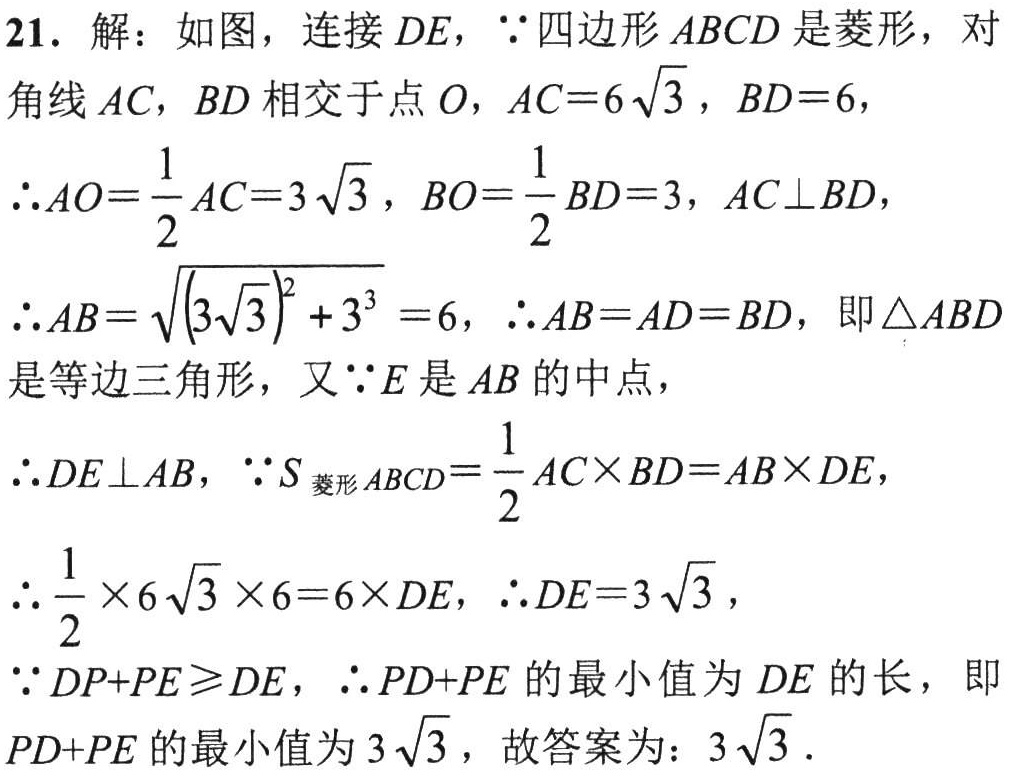
21. 解：如图，连接 \(DE\)，\(\because\)四边形 \(ABCD\) 是菱形，对角线 \(AC\)，\(BD\) 相交于点 \(O\)，\(AC = 6\sqrt{3}\)，\(BD = 6\)，
\(\therefore AO=\frac{1}{2}AC = 3\sqrt{3}\)，\(BO=\frac{1}{2}BD = 3\)，\(AC\perp BD\)，
\(\therefore AB=\sqrt{(3\sqrt{3})^{2}+3^{3}} = 6\)，\(\therefore AB = AD = BD\)，即\(\triangle ABD\)是等边三角形，又\(\because E\) 是 \(AB\) 的中点，
\(\therefore DE\perp AB\)，\(\because S_{菱形ABCD}=\frac{1}{2}AC\times BD = AB\times DE\)，
\(\therefore\frac{1}{2}\times6\sqrt{3}\times6 = 6\times DE\)，\(\therefore DE = 3\sqrt{3}\)，
\(\because DP + PE\geqslant DE\)，\(\therefore PD + PE\) 的最小值为 \(DE\) 的长，即 \(PD + PE\) 的最小值为 \(3\sqrt{3}\)，故答案为：\(3\sqrt{3}\).